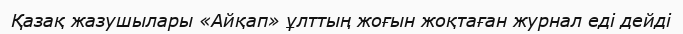
Қазақ жазушылары «Айқап» ұлттың жоғын жоқтаған журнал еді дейді